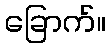
ခြောက်။